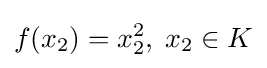
f(x_{2})=x_{2}^{2},\;x_{2}\in K